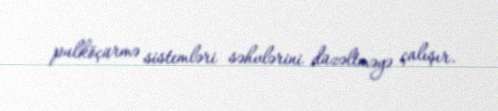
pulköçürmə sistemləri səhvlərini düzəltməyə çalışır.